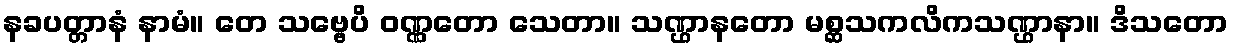
နခပတ္တာနံ နာမံ။ တေ သဗ္ဗေပိ ဝဏ္ဏတော သေတာ။ သဏ္ဌာနတော မစ္ဆသကလိကသဏ္ဌာနာ။ ဒိသတော